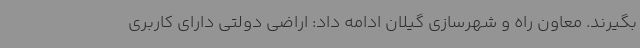
بگیرند. معاون راه و شهرسازی گیلان ادامه داد: اراضی دولتی دارای کاربری